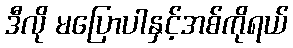
ဒီလို မပြောပါနှင့်အစ်ကိုရယ်